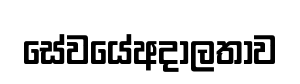
සේවයේඅදාලතාව